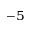
^ { - 5 }